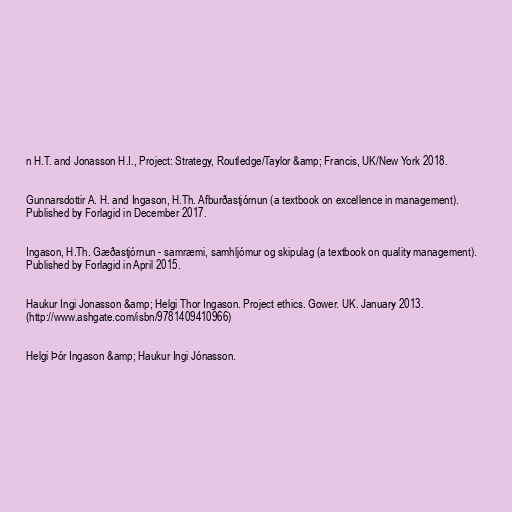
n H.T. and Jonasson H.I., Project: Strategy, Routledge/Taylor &amp; Francis, UK/New York 2018.

Gunnarsdottir A. H. and Ingason, H.Th. Afburðastjórnun (a textbook on excellence in management).
Published by Forlagid in December 2017.

Ingason, H.Th. Gæðastjórnun - samræmi, samhljómur og skipulag (a textbook on quality management).
Published by Forlagid in April 2015.

Haukur Ingi Jonasson &amp; Helgi Thor Ingason. Project ethics. Gower. UK. January 2013.
(http://www.ashgate.com/isbn/9781409410966)

Helgi Þór Ingason &amp; Haukur Ingi Jónasson.